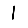
Digit: 1